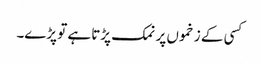
کسی کے زخموں پر نمک پڑتا ہے تو پڑے۔